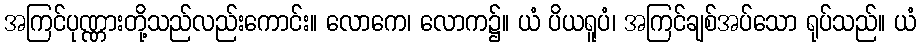
အကြင်ပုဏ္ဏားတို့သည်လည်းကောင်း။ လောကေ၊ လောက၌။ ယံ ပိယရူပံ၊ အကြင်ချစ်အပ်သော ရုပ်သည်။ ယံ